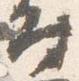
時